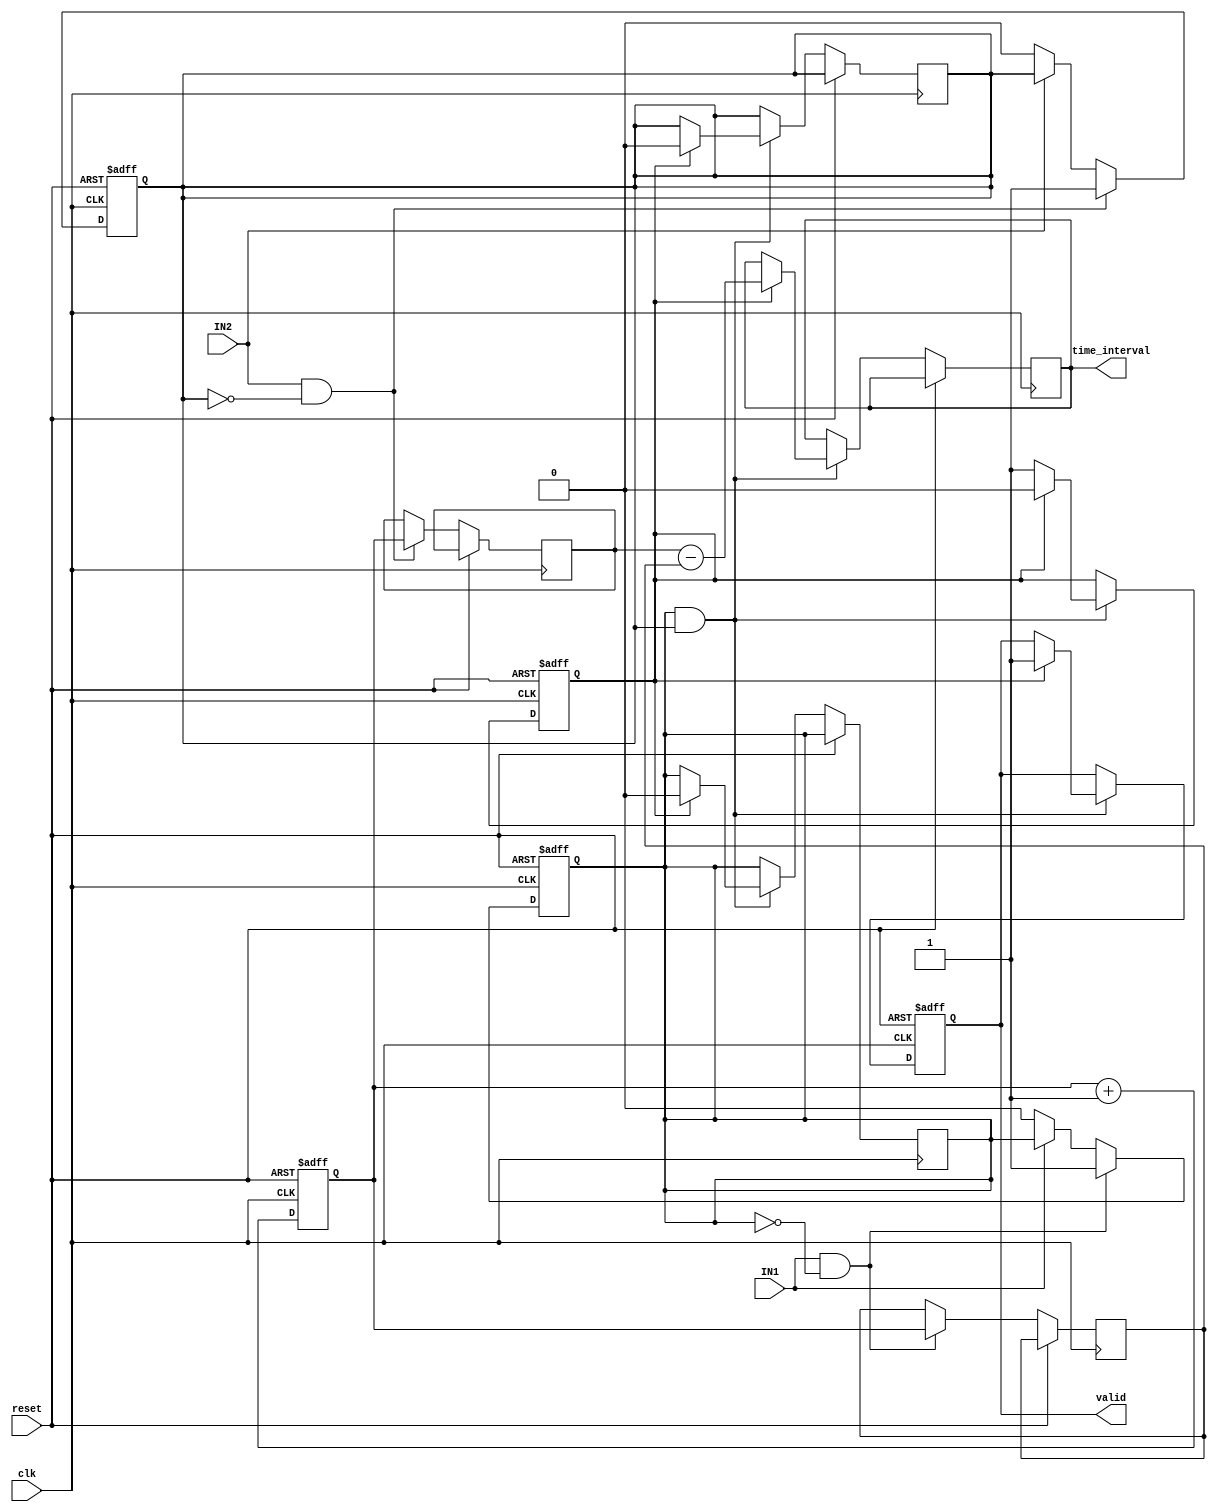
module TDC (
    input wire clk,         // Clock input for the TDC
    input wire reset,       // Reset signal
    input wire IN1,        // First input signal
    input wire IN2,        // Second input signal
    output reg [31:0] time_interval, // Output time difference in clock cycles
    output reg valid       // Output valid flag
);

// Internal signals
reg [31:0] counter;             // Counter for timing measurement
reg [31:0] timestamp1, timestamp2; // Timestamps for IN1 and IN2
reg edge_detected1, edge_detected2; // Edge detection flags
reg capturing;                  // Indicates if we are in the capturing mode

// Edge Detection Logic
always @(posedge clk or posedge reset) begin
    if (reset) begin
        edge_detected1 <= 1'b0;
        edge_detected2 <= 1'b0;
    end else begin
        // Detect the rising edge of IN1
        if (IN1 && !edge_detected1) begin
            edge_detected1 <= 1'b1; // Edge detected
            timestamp1 <= counter;   // Capture timestamp
        end else if (!IN1) begin
            edge_detected1 <= 1'b0; // Reset flag when IN1 goes low
        end

        // Detect the rising edge of IN2
        if (IN2 && !edge_detected2) begin
            edge_detected2 <= 1'b1; // Edge detected
            timestamp2 <= counter;   // Capture timestamp
        end else if (!IN2) begin
            edge_detected2 <= 1'b0; // Reset flag when IN2 goes low
        end
    end
end

// Counter Logic
always @(posedge clk or posedge reset) begin
    if (reset) begin
        counter <= 32'b0;
        valid <= 1'b0;
        capturing <= 1'b0;
    end else begin
        counter <= counter + 1; // Increment counter
        
        // Check if both edges have been detected
        if (edge_detected1 && edge_detected2) begin
            if (!capturing) begin
                capturing <= 1'b1; // Start capturing
            end else begin
                // Calculate time difference
                time_interval <= timestamp2 - timestamp1; // Time interval calculation
                valid <= 1'b1; // Indicate valid output
                capturing <= 1'b0; // Reset for next measurement
                edge_detected1 <= 1'b0;
                edge_detected2 <= 1'b0;
            end
        end
    end
end

endmodule